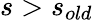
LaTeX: s>s_{old}